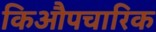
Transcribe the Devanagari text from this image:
किऔपचारिक